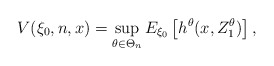
\begin{align*}V(\xi_0,n,x)= \sup_{\theta\in \Theta_n} E_{\xi_0}\left[h^\theta(x,Z_1^\theta)\right],\end{align*}